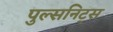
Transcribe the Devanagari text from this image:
पुल्सनिट्स